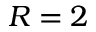
R = 2